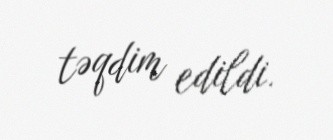
təqdim edildi.